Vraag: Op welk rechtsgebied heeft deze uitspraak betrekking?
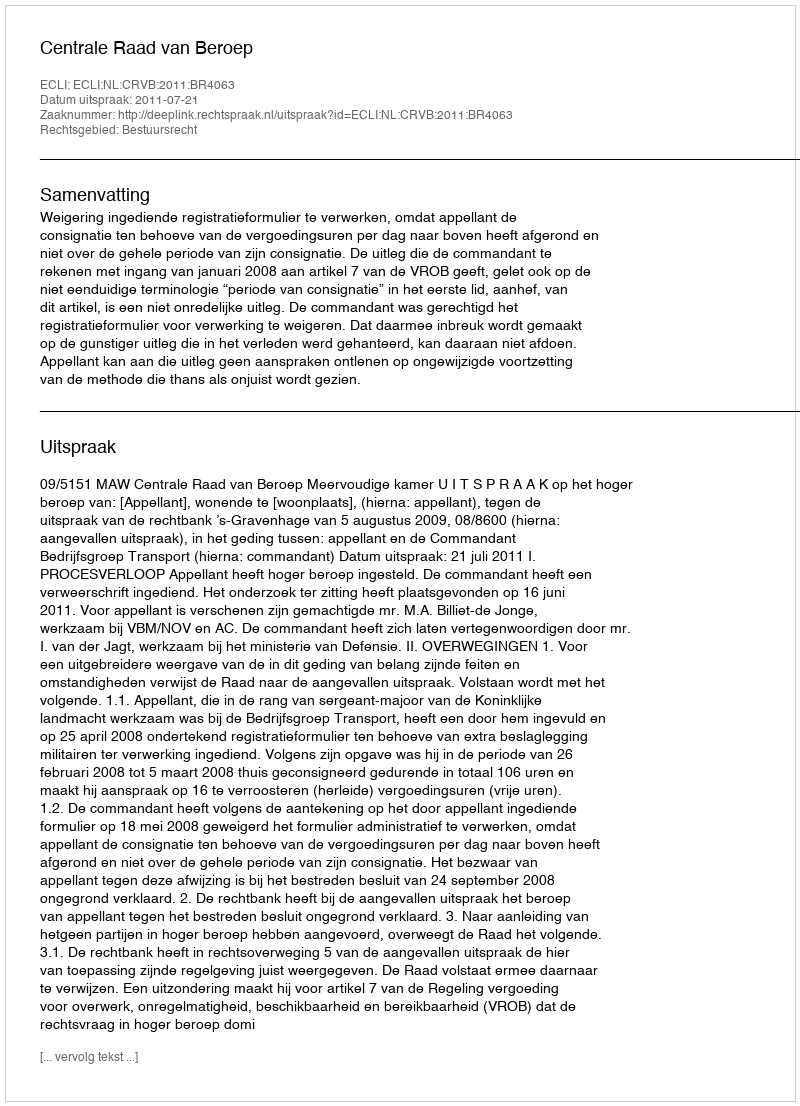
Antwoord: Bestuursrecht